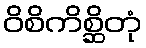
ဝိစိကိစ္ဆိတုံ